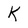
Character: K